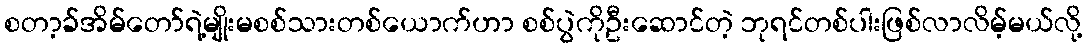
စတာ့ခ်အိမ်တော်ရဲ့မျိုးမစစ်သားတစ်ယောက်ဟာ စစ်ပွဲကိုဦးဆောင်တဲ့ ဘုရင်တစ်ပါးဖြစ်လာလိမ့်မယ်လို့